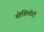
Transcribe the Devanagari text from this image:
योशिमोरी